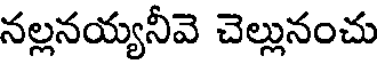
నల్లనయ్యనీవె చెల్లునంచు